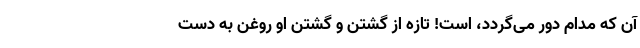
آن که مدام دور می‌گردد، است‌! تازه از گشتن و گشتن او روغن به دست